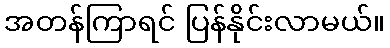
အတန်ကြာရင် ပြန်နိုင်းလာမယ်။